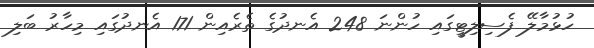
ހުޅުމާލޭ ފެސިލިޓީގައި ހުންނަ 248 އެނދުގެ ތެރެއިން 171 އެނދުގައި މިހާރު ބަލި